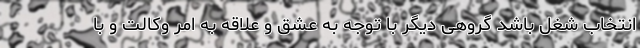
انتخاب شغل باشد گروهی دیگر با توجه به عشق و علاقه به امر وکالت و با